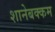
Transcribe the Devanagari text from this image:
शानेबक्कम